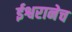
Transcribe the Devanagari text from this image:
ईश्वरानेच